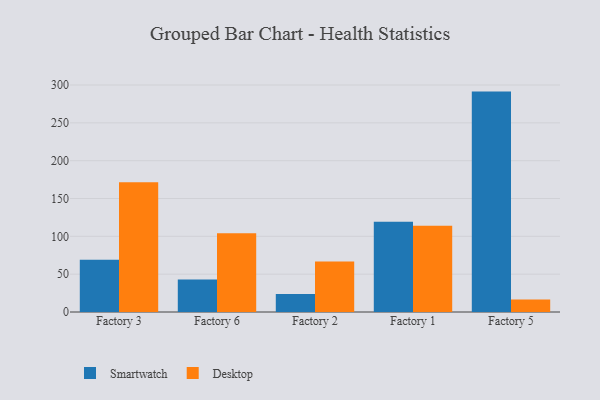
{"axis": {"x": "Factory", "y": "Active Users"}, "legend": ["Desktop", "Smartwatch"], "data": [{"x": "Factory 3", "y": 69.2, "type": "Smartwatch"}, {"x": "Factory 3", "y": 171.4, "type": "Desktop"}, {"x": "Factory 6", "y": 43.1, "type": "Smartwatch"}, {"x": "Factory 6", "y": 104.1, "type": "Desktop"}, {"x": "Factory 2", "y": 23.9, "type": "Smartwatch"}, {"x": "Factory 2", "y": 66.9, "type": "Desktop"}, {"x": "Factory 1", "y": 119.4, "type": "Smartwatch"}, {"x": "Factory 1", "y": 114.0, "type": "Desktop"}, {"x": "Factory 5", "y": 291.3, "type": "Smartwatch"}, {"x": "Factory 5", "y": 16.4, "type": "Desktop"}]}